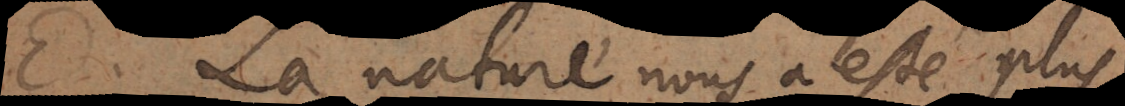
E. La nature nous a esté plus